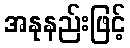
အနုနည်းဖြင့်